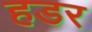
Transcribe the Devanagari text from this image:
हडर